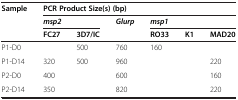
<table><thead><tr><td rowspan="3"><b>Sample</b></td><td colspan="6"><b>PCR Product Size(s) (bp)</b></td></tr><tr><td colspan="2"><b><i>msp2</i></b></td><td rowspan="2"><b><i>Glurp</i></b></td><td colspan="3"><b><i>msp1</i></b></td></tr><tr><td><b>FC27</b></td><td><b>3D7/IC</b></td><td><b>RO33</b></td><td><b>K1</b></td><td><b>MAD20</b></td></tr></thead><tbody><tr><td>P1-D0</td><td> </td><td>500</td><td>760</td><td>160</td><td> </td><td> </td></tr><tr><td>P1-D14</td><td>320</td><td>500</td><td>960</td><td> </td><td> </td><td>220</td></tr><tr><td>P2-D0</td><td>400</td><td> </td><td>600</td><td> </td><td> </td><td>160</td></tr><tr><td>P2-D14</td><td>350</td><td> </td><td>820</td><td> </td><td> </td><td>220</td></tr></tbody></table>